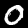
Digit: 0